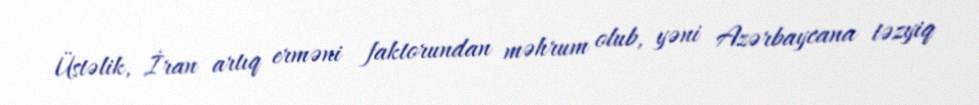
Üstəlik, İran artıq erməni faktorundan məhrum olub, yəni Azərbaycana təzyiq